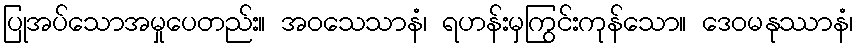
ပြုအပ်သောအမှုပေတည်း။ အဝသေသာနံ၊ ရဟန်းမှကြွင်းကုန်သော။ ဒေဝမနုဿာနံ၊